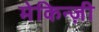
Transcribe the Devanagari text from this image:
मेकिन्ज़ी